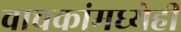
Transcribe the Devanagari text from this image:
वाचकांमध्येही